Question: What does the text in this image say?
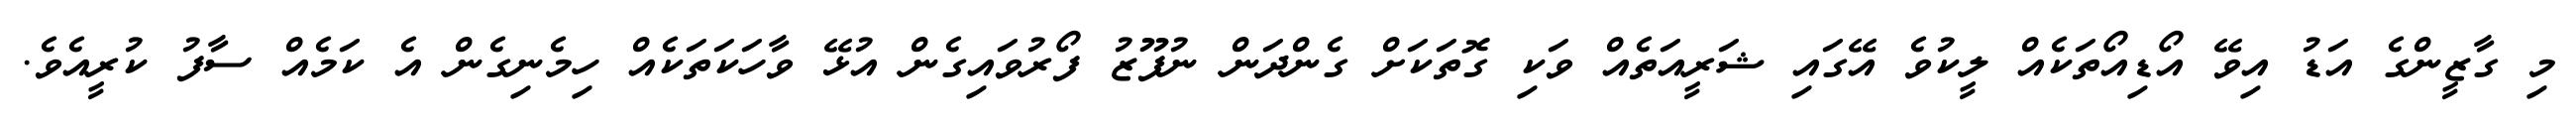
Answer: މި ގާޒީންގެ އަޑު އިވޭ އޯޑިއޯތަކެއް ލީކުވެ އޭގައި ޝަރީއަތެއް ވަކި ގޮތަކަށް ގެންދަން ނުފޫޒު ފޯރުވައިގެން އުޅޭ ވާހަކަތަކެއް ހިމެނިގެން އެ ކަމެއް ސާފު ކުރީއެވެ.